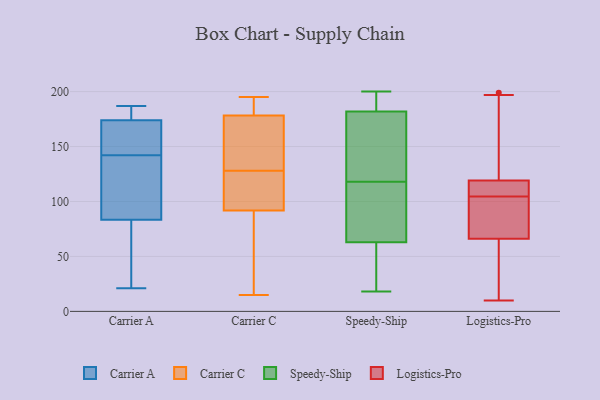
{"axis": {"x": "Humidity (%)", "y": "Value"}, "legend": ["Carrier A", "Carrier C", "Logistics-Pro", "Speedy-Ship"], "data": [{"x": "", "y": 187, "type": "Carrier A"}, {"x": "", "y": 90, "type": "Carrier A"}, {"x": "", "y": 149, "type": "Carrier A"}, {"x": "", "y": 133, "type": "Carrier A"}, {"x": "", "y": 177, "type": "Carrier A"}, {"x": "", "y": 64, "type": "Carrier A"}, {"x": "", "y": 142, "type": "Carrier A"}, {"x": "", "y": 186, "type": "Carrier A"}, {"x": "", "y": 151, "type": "Carrier A"}, {"x": "", "y": 23, "type": "Carrier A"}, {"x": "", "y": 118, "type": "Carrier A"}, {"x": "", "y": 21, "type": "Carrier A"}, {"x": "", "y": 173, "type": "Carrier A"}, {"x": "", "y": 124, "type": "Carrier C"}, {"x": "", "y": 182, "type": "Carrier C"}, {"x": "", "y": 149, "type": "Carrier C"}, {"x": "", "y": 112, "type": "Carrier C"}, {"x": "", "y": 145, "type": "Carrier C"}, {"x": "", "y": 85, "type": "Carrier C"}, {"x": "", "y": 73, "type": "Carrier C"}, {"x": "", "y": 94, "type": "Carrier C"}, {"x": "", "y": 177, "type": "Carrier C"}, {"x": "", "y": 15, "type": "Carrier C"}, {"x": "", "y": 195, "type": "Carrier C"}, {"x": "", "y": 128, "type": "Carrier C"}, {"x": "", "y": 192, "type": "Carrier C"}, {"x": "", "y": 111, "type": "Speedy-Ship"}, {"x": "", "y": 18, "type": "Speedy-Ship"}, {"x": "", "y": 57, "type": "Speedy-Ship"}, {"x": "", "y": 31, "type": "Speedy-Ship"}, {"x": "", "y": 159, "type": "Speedy-Ship"}, {"x": "", "y": 20, "type": "Speedy-Ship"}, {"x": "", "y": 118, "type": "Speedy-Ship"}, {"x": "", "y": 81, "type": "Speedy-Ship"}, {"x": "", "y": 200, "type": "Speedy-Ship"}, {"x": "", "y": 199, "type": "Speedy-Ship"}, {"x": "", "y": 196, "type": "Speedy-Ship"}, {"x": "", "y": 170, "type": "Speedy-Ship"}, {"x": "", "y": 149, "type": "Speedy-Ship"}, {"x": "", "y": 186, "type": "Speedy-Ship"}, {"x": "", "y": 102, "type": "Speedy-Ship"}, {"x": "", "y": 56, "type": "Logistics-Pro"}, {"x": "", "y": 119, "type": "Logistics-Pro"}, {"x": "", "y": 113, "type": "Logistics-Pro"}, {"x": "", "y": 72, "type": "Logistics-Pro"}, {"x": "", "y": 10, "type": "Logistics-Pro"}, {"x": "", "y": 199, "type": "Logistics-Pro"}, {"x": "", "y": 112, "type": "Logistics-Pro"}, {"x": "", "y": 79, "type": "Logistics-Pro"}, {"x": "", "y": 95, "type": "Logistics-Pro"}, {"x": "", "y": 42, "type": "Logistics-Pro"}, {"x": "", "y": 49, "type": "Logistics-Pro"}, {"x": "", "y": 114, "type": "Logistics-Pro"}, {"x": "", "y": 99, "type": "Logistics-Pro"}, {"x": "", "y": 66, "type": "Logistics-Pro"}, {"x": "", "y": 110, "type": "Logistics-Pro"}, {"x": "", "y": 189, "type": "Logistics-Pro"}, {"x": "", "y": 197, "type": "Logistics-Pro"}, {"x": "", "y": 185, "type": "Logistics-Pro"}]}